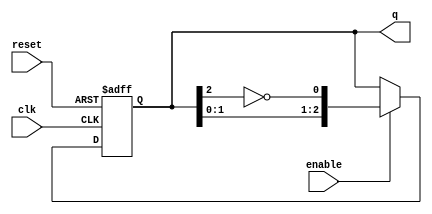
module johnson_counter #(
    parameter n = 3  // Size of the counter (number of flip-flops)
)(
    input wire clk,
    input wire reset,    // Asynchronous reset
    input wire enable,   // Enable signal
    output reg [n-1:0] q // Current state of the counter
);

// Counter logic
always @(posedge clk or posedge reset) begin
    if (reset) begin
        // Reset the counter to all zeros
        q <= {n{1'b0}};
    end else if (enable) begin
        // Johnson counter logic
        q <= {q[n-2:0], ~q[n-1]}; // Shift left and insert inverted last bit
    end
end

endmodule